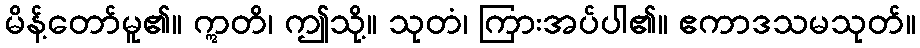
မိန့်တော်မူ၏။ ဣတိ၊ ဤသို့။ သုတံ၊ ကြားအပ်ပါ၏။ ဧကာဒသမသုတ်။